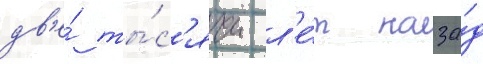
дв'е́ ты́с'ячи л'е́т наза́д